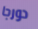
دورجا